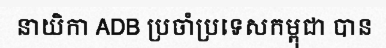
នាយិកា ADB ប្រចាំប្រទេសកម្ពុជា បាន